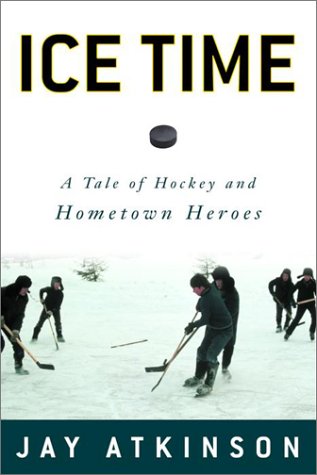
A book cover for Ice Time: A Tale of Fathers, Sons, and Hometown Heroes; Jay Atkinson; Biographies & Memoirs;